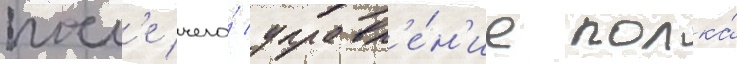
посл'е чего́ управл'е́н'ие полка́